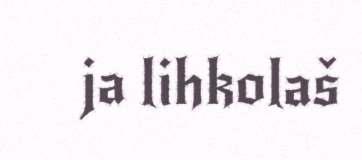
ja lihkolaš